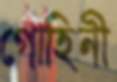
গোহিনী